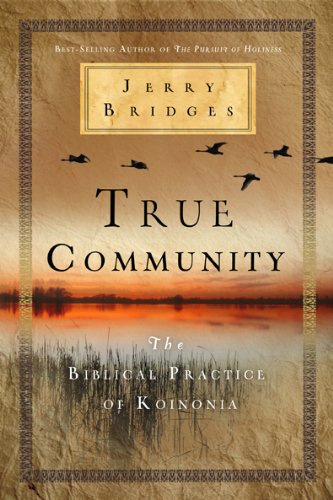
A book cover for True Community: The Biblical Practice of Koinonia; Jerry Bridges; Christian Books & Bibles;